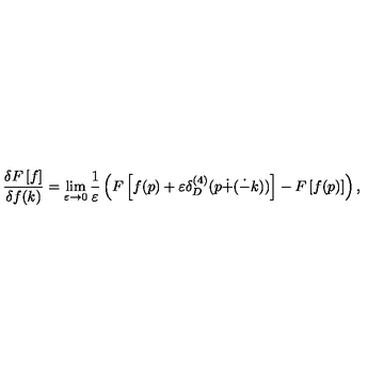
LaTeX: \frac { \delta F \left[ f \right] } { \delta f ( k ) } = \lim _ { \varepsilon \rightarrow 0 } \frac { 1 } { \varepsilon } \left( F \left[ f ( p ) + \varepsilon \delta _ { D } ^ { ( 4 ) } ( p \dot { + } ( \dot { - } k ) ) \right] - F \left[ f ( p ) \right] \right) ,